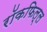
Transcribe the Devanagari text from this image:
रॉकफिल्ल